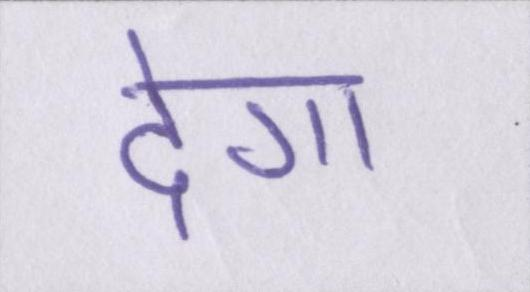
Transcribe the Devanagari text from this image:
देगा